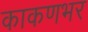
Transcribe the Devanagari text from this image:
काकणभर